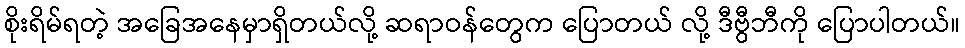
စိုးရိမ်ရတဲ့ အခြေအနေမှာရှိတယ်လို့ ဆရာဝန်တွေက ပြောတယ် လို့ ဒီဗွီဘီကို ပြောပါတယ်။